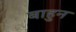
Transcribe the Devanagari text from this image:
बाहुन